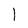
Character: I